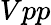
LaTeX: Vpp